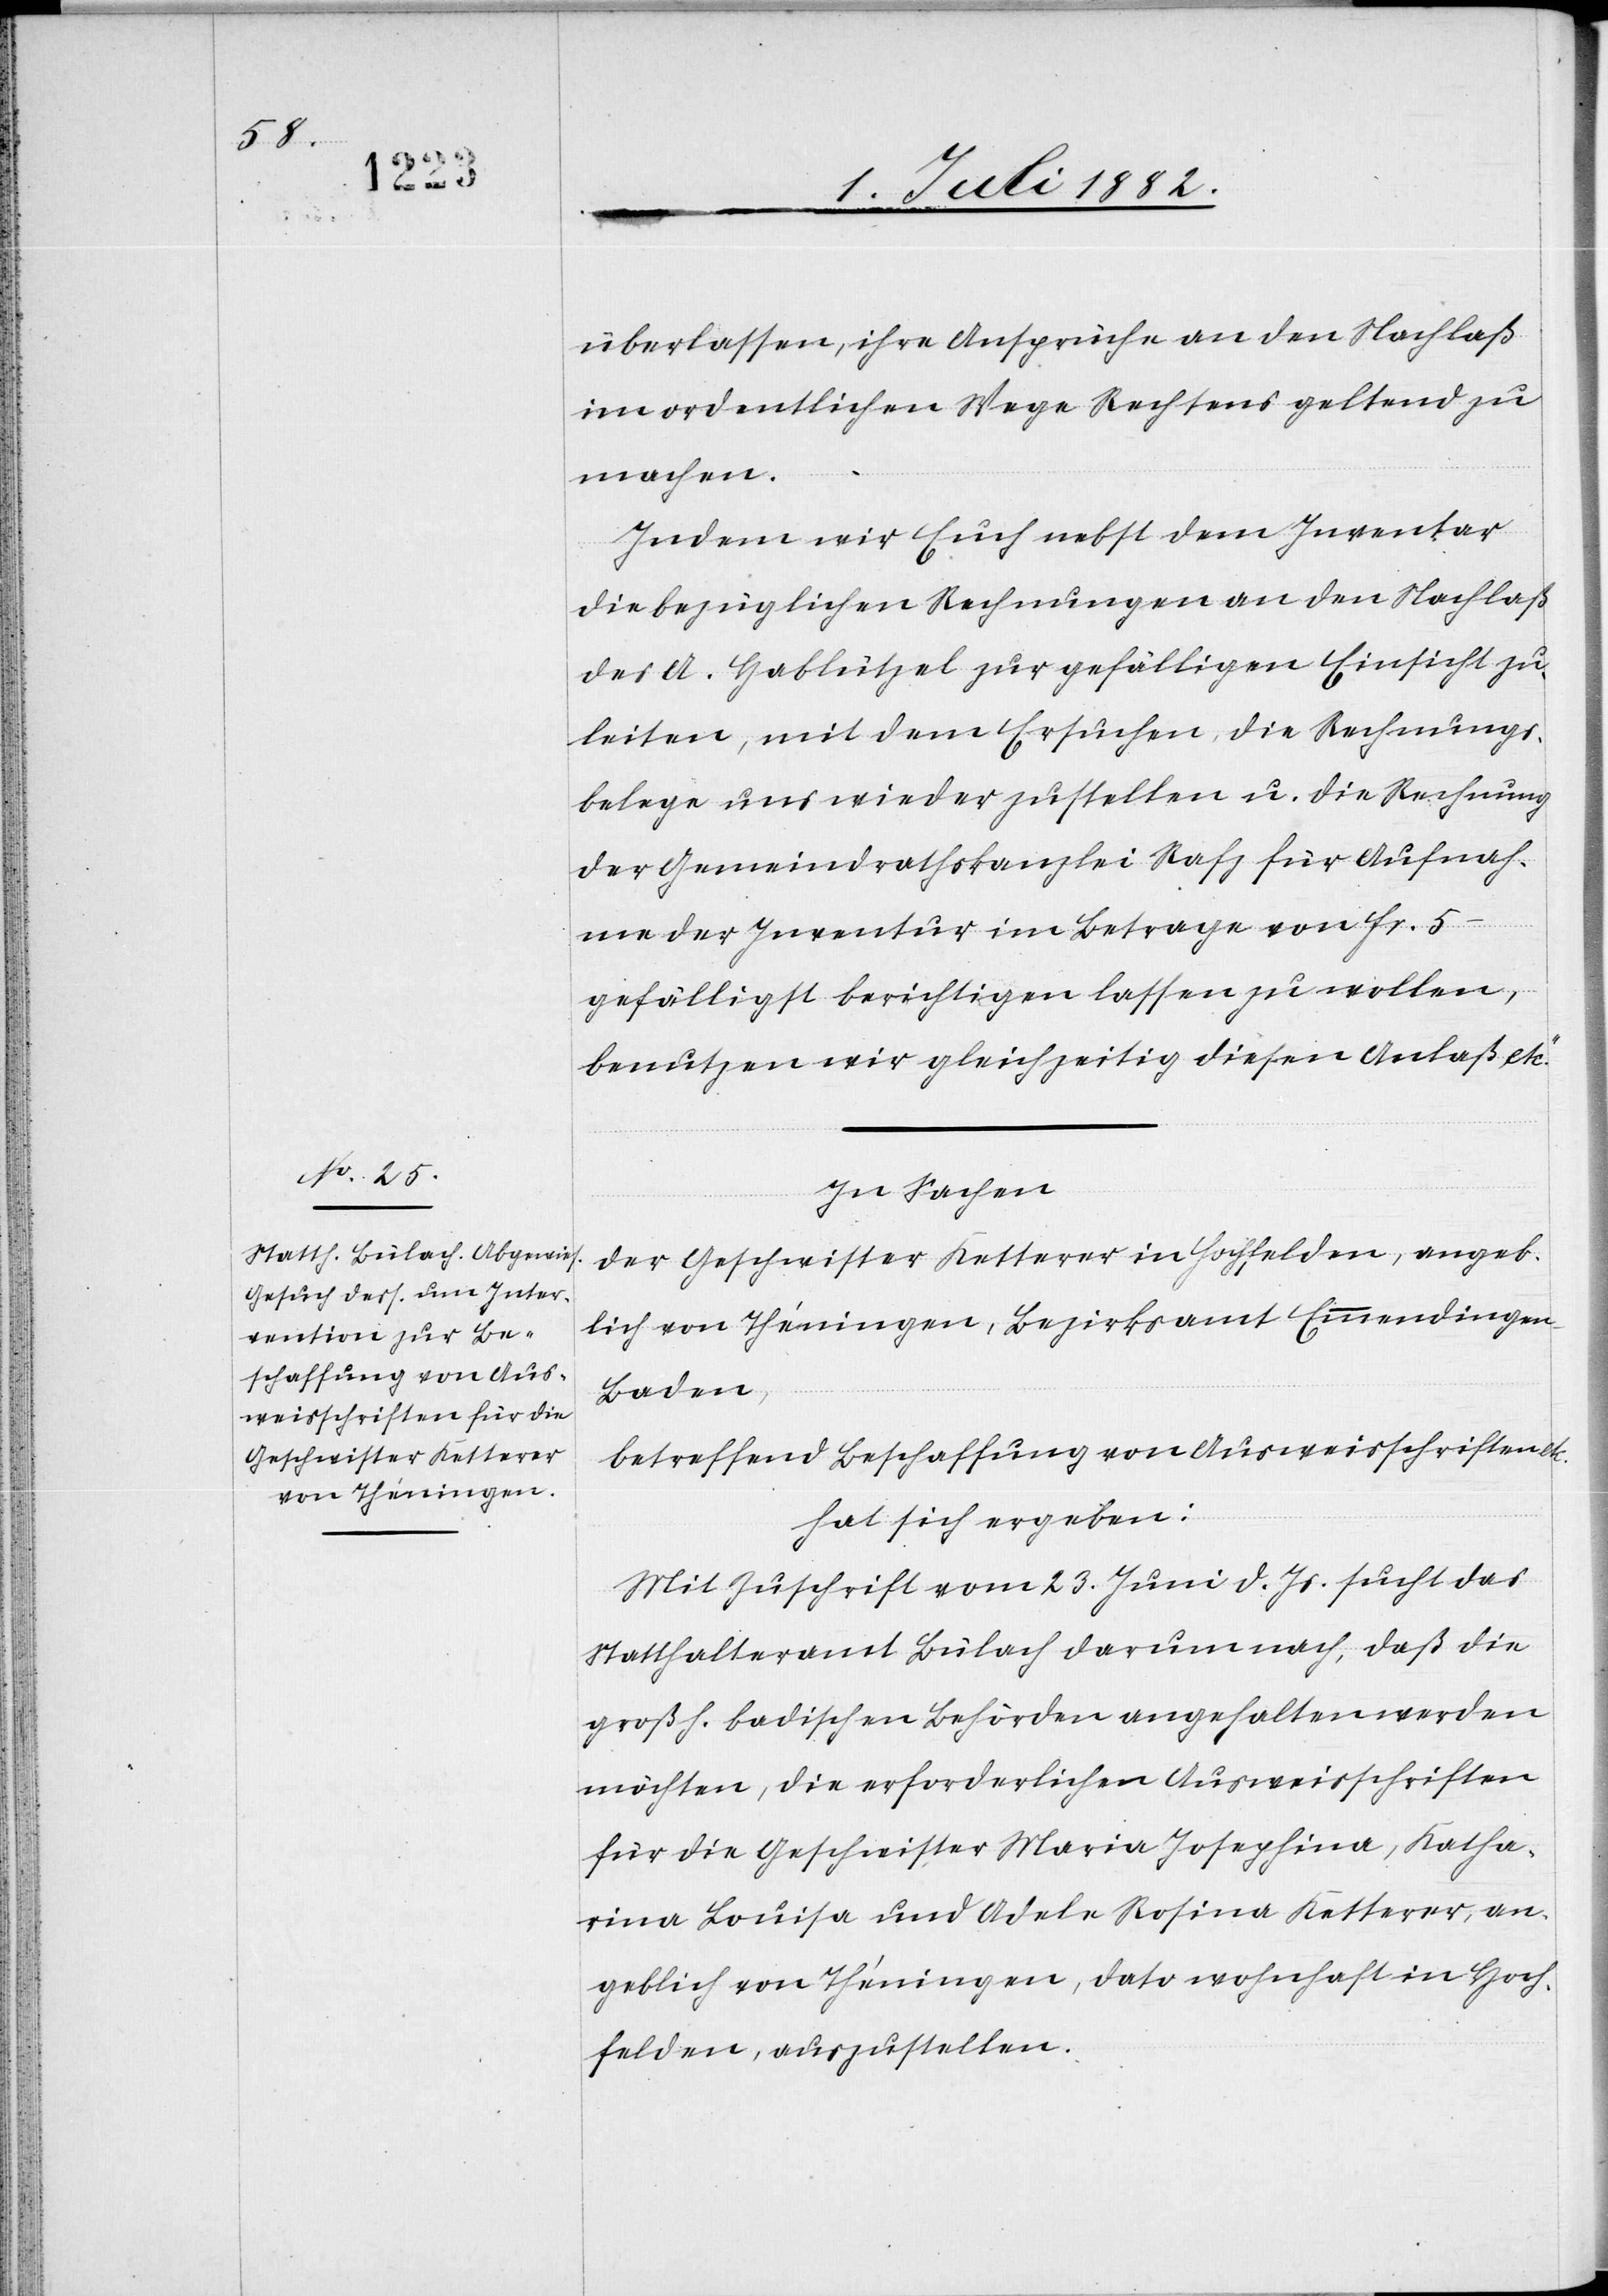
überlassen, ihre Ansprüche an den Nachlaß
im ordentlichen Wege Rechtens geltend zu
machen.
Indem wir Euch nebst dem Inventar
die bezüglichen Rechnungen an den Nachlaß
des A. Hablützel zur gefälligen Einsicht zu¬
leiten, mit dem Ersuchen, die Rechnungs¬
belege uns wieder zustellen u. die Rechnung
der Gemeindrathskanzlei Rafz für Aufnah¬
me der Inventur im Betrag von Fr. 5.–
gefälligst berichtigen lassen zu wollen,
benutzen wir gleichzeitig diesen Anlaß etc“.
In Sachen
der Geschwister Ketterer in Hochfelden, angeb¬
lich von Théningen, Bezirksamt Emmendingen,
Baden,
betreffend Beschaffung von Ausweisschriften
hat sich ergeben:
Mit Zuschrift vom 23. Juni d. Js. sucht das
Statthalteramt Bülach darum nach, daß die
großh. badischen Behörden angehalten werden
möchten, die erforderlichen Ausweisschriften
für die Geschwister Maria Josephina, Katha¬
rina Louisa und Adela Rosina Ketterer, an¬
geblich von Théningen, dato wohnhaft in Hoch¬
felden, auszustellen.